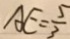
A E = \frac { 5 } { 3 }